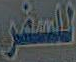
للسفر